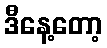
ဒီနေ့တော့